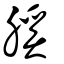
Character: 膎